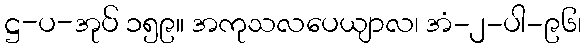
ဋ္ဌ-ပ-အုပ် ၁၅၉။ အကုသလပေယျာလ၊ အံ-၂-ပါ-၉၆၊